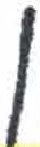
אות: ן